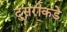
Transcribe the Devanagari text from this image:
दु्सरीकडे